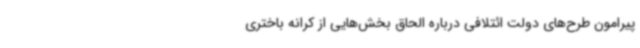
پیرامون طرح‌های دولت ائتلافی درباره الحاق بخش‌هایی از کرانه باختری